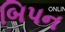
બિપન